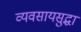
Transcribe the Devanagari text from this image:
व्यवसायसुद्धा